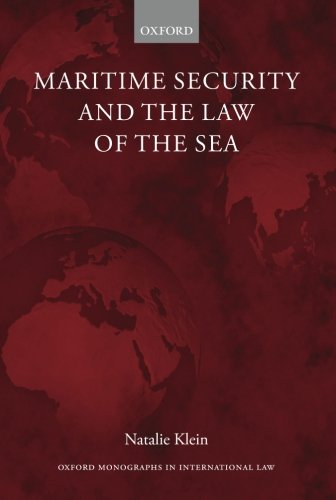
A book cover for Maritime Security and the Law of the Sea (Oxford Monographs in International Law); Natalie Klein; Law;